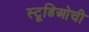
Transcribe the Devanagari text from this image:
स्टूडिओची